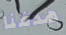
هدفنا